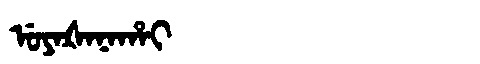
Manchu: ᡠᠶᠠᡧᠠᠨᠠᡥᠠᡳ
Romanization: UYAŠANAHAI